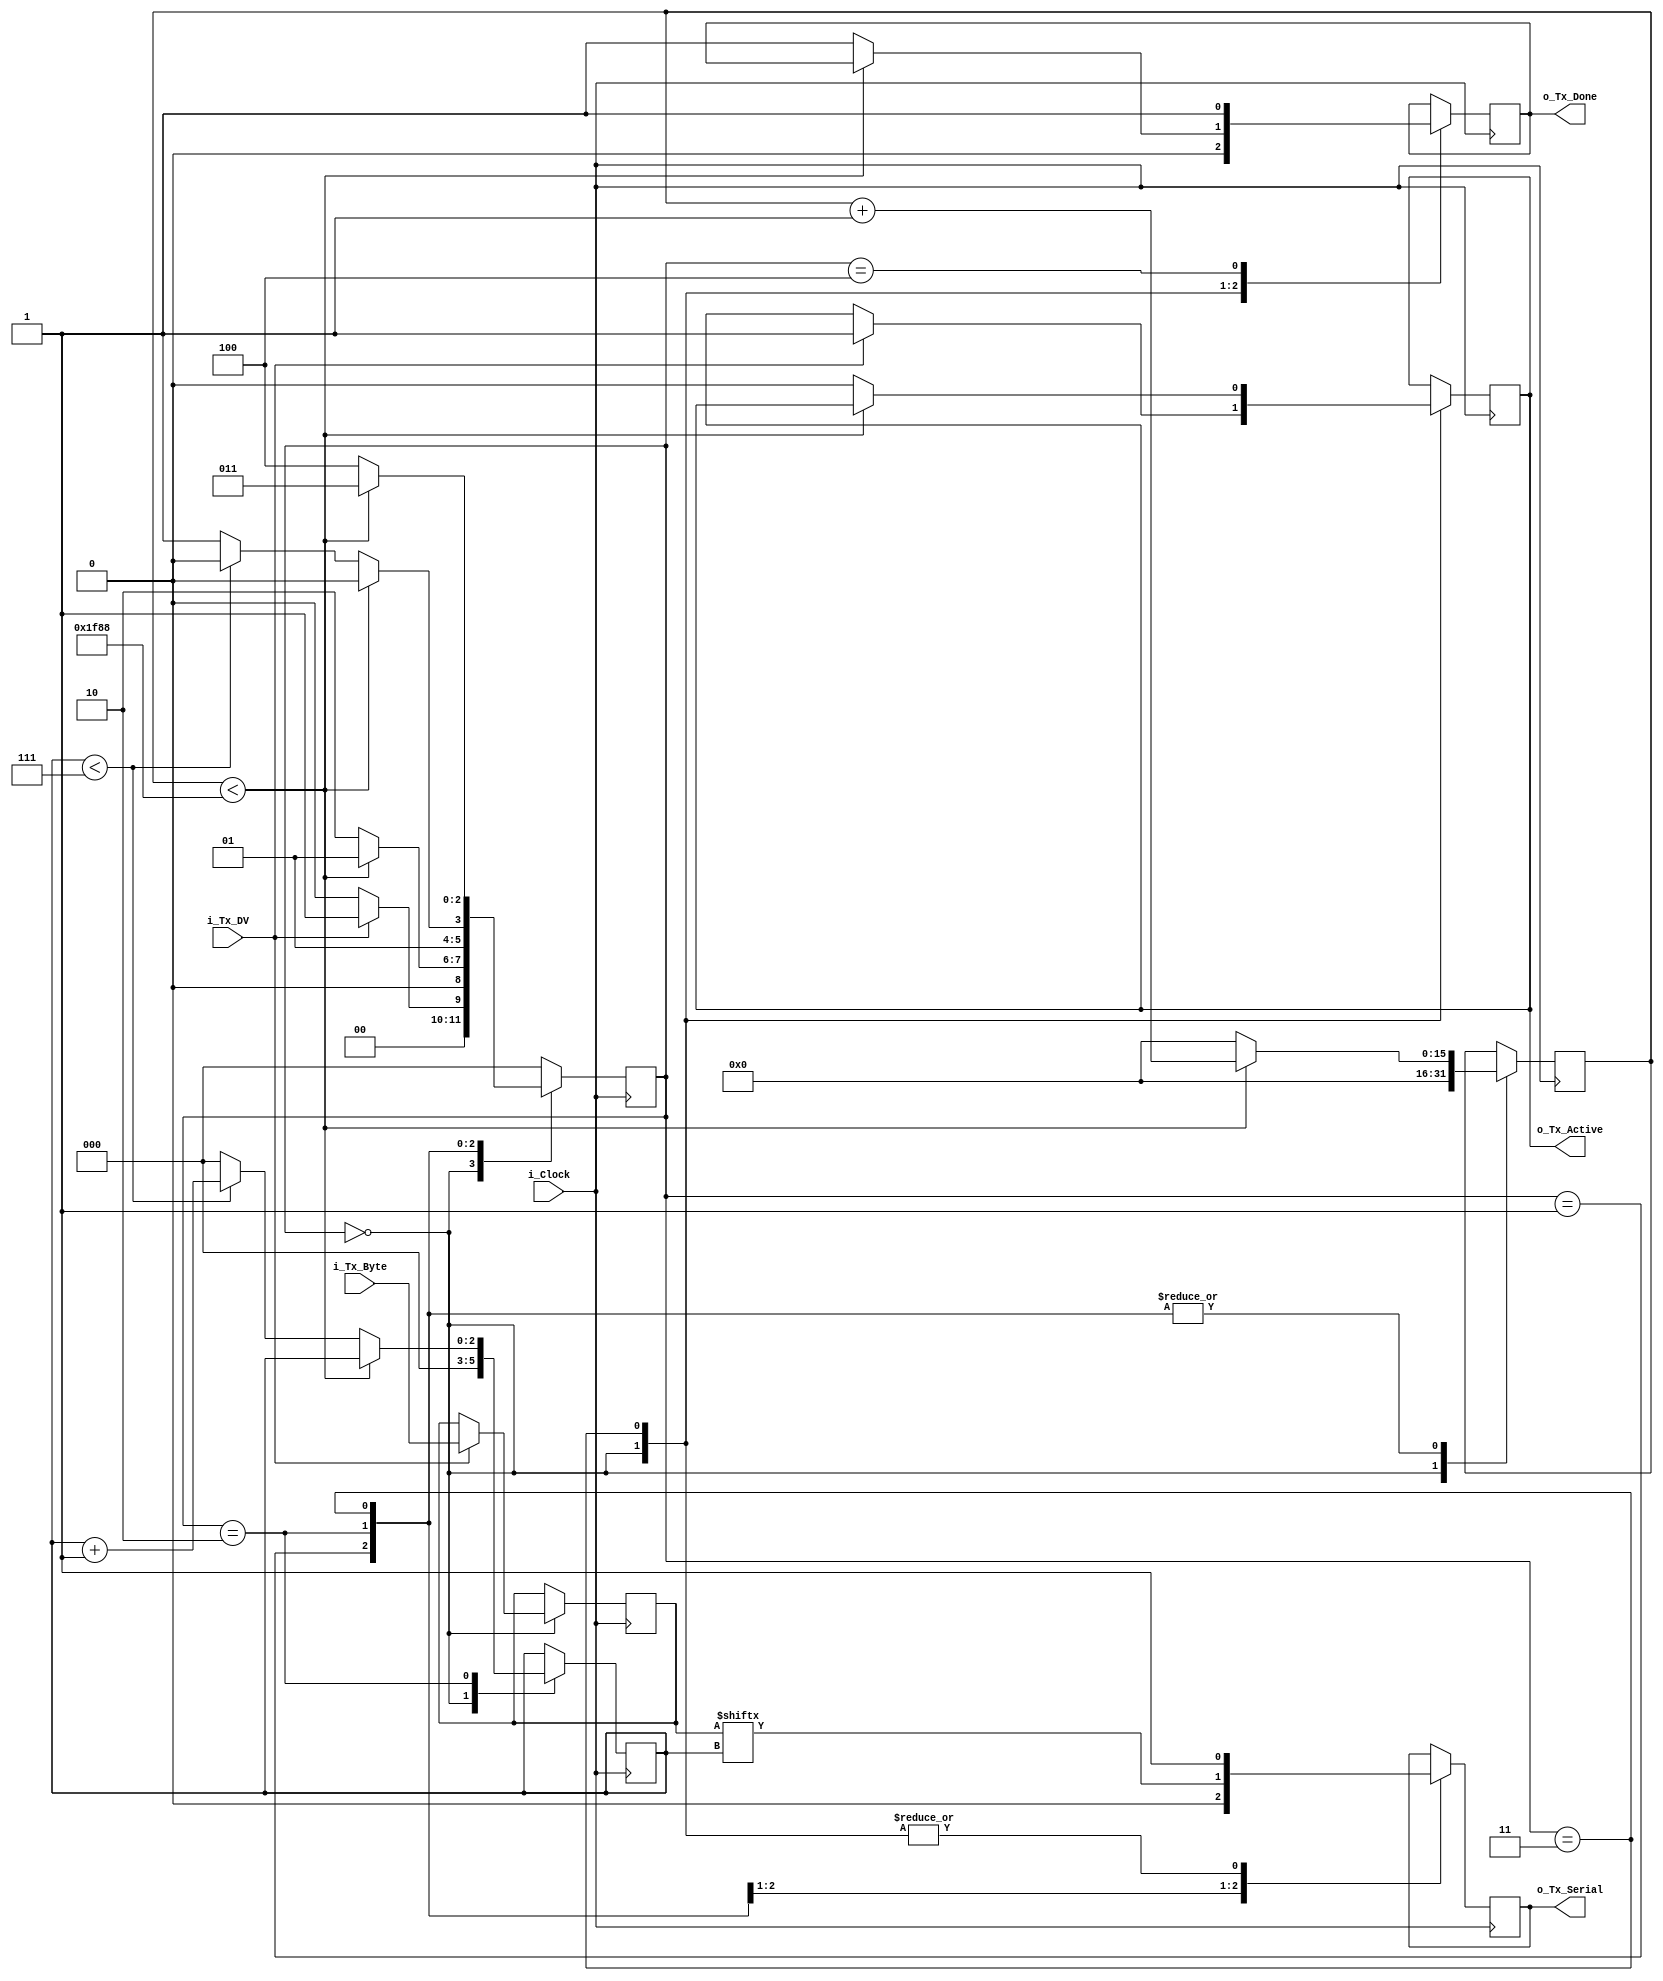
module uart_tx
    #(parameter CLKS_PER_BIT = 8073) // 77.5MHz / 9600
     (
         input       i_Clock,
         input       i_Tx_DV,
         input [7:0] i_Tx_Byte,
         output      o_Tx_Active,
         output reg  o_Tx_Serial,
         output      o_Tx_Done
     );

    parameter s_IDLE         = 3'b000;
    parameter s_TX_START_BIT = 3'b001;
    parameter s_TX_DATA_BITS = 3'b010;
    parameter s_TX_STOP_BIT  = 3'b011;
    parameter s_CLEANUP      = 3'b100;

    reg [2:0]    r_SM_Main     = 0;
    reg [15:0]    r_Clock_Count = 0;
    reg [2:0]    r_Bit_Index   = 0;
    reg [7:0]    r_Tx_Data     = 0;
    reg          r_Tx_Done     = 0;
    reg          r_Tx_Active   = 0;

    always @(posedge i_Clock) begin

        case (r_SM_Main)
            s_IDLE : begin
                o_Tx_Serial   <= 1'b1;         // Drive Line High for Idle
                r_Tx_Done     <= 1'b0;
                r_Clock_Count <= 0;
                r_Bit_Index   <= 0;

                if (i_Tx_DV == 1'b1) begin
                    r_Tx_Active <= 1'b1;
                    r_Tx_Data   <= i_Tx_Byte;
                    r_SM_Main   <= s_TX_START_BIT;
                end
                else
                    r_SM_Main <= s_IDLE;
            end // case: s_IDLE


            // Send out Start Bit. Start bit = 0
            s_TX_START_BIT : begin
                o_Tx_Serial <= 1'b0;

                // Wait CLKS_PER_BIT-1 clock cycles for start bit to finish
                if (r_Clock_Count < CLKS_PER_BIT-1) begin
                    r_Clock_Count <= r_Clock_Count + 1;
                    r_SM_Main     <= s_TX_START_BIT;
                end
                else begin
                    r_Clock_Count <= 0;
                    r_SM_Main     <= s_TX_DATA_BITS;
                end
            end // case: s_TX_START_BIT


            // Wait CLKS_PER_BIT-1 clock cycles for data bits to finish
            s_TX_DATA_BITS : begin
                o_Tx_Serial <= r_Tx_Data[r_Bit_Index];

                if (r_Clock_Count < CLKS_PER_BIT-1) begin
                    r_Clock_Count <= r_Clock_Count + 1;
                    r_SM_Main     <= s_TX_DATA_BITS;
                end
                else begin
                    r_Clock_Count <= 0;

                    // Check if we have sent out all bits
                    if (r_Bit_Index < 7) begin
                        r_Bit_Index <= r_Bit_Index + 1;
                        r_SM_Main   <= s_TX_DATA_BITS;
                    end
                    else begin
                        r_Bit_Index <= 0;
                        r_SM_Main   <= s_TX_STOP_BIT;
                    end
                end
            end // case: s_TX_DATA_BITS


            // Send out Stop bit.  Stop bit = 1
            s_TX_STOP_BIT : begin
                o_Tx_Serial <= 1'b1;

                // Wait CLKS_PER_BIT-1 clock cycles for Stop bit to finish
                if (r_Clock_Count < CLKS_PER_BIT-1) begin
                    r_Clock_Count <= r_Clock_Count + 1;
                    r_SM_Main     <= s_TX_STOP_BIT;
                end
                else begin
                    r_Tx_Done     <= 1'b1;
                    r_Clock_Count <= 0;
                    r_SM_Main     <= s_CLEANUP;
                    r_Tx_Active   <= 1'b0;
                end
            end // case: s_Tx_STOP_BIT


            // Stay here 1 clock
            s_CLEANUP : begin
                r_Tx_Done <= 1'b1;
                r_SM_Main <= s_IDLE;
            end


            default :
                r_SM_Main <= s_IDLE;

        endcase
    end

    assign o_Tx_Active = r_Tx_Active;
    assign o_Tx_Done   = r_Tx_Done;

endmodule